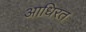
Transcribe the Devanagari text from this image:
आधिरत